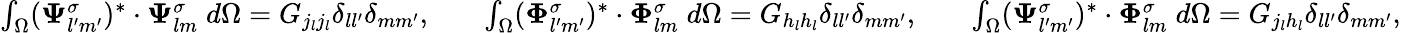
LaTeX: \begin{array}{rlrlr}{\int_{\Omega}({\boldsymbol{\Psi}_{l^{\prime}m^{\prime}}^{\sigma}})^{*}\cdot\boldsymbol{\Psi}_{lm}^{\sigma}\; d\Omega=G_{j_{l}j_{l}}\delta_{ll^{\prime}}\delta_{mm^{\prime}},}&{}&{\int_{\Omega}({\boldsymbol{\Phi}_{l^{\prime}m^{\prime}}^{\sigma}})^{*}\cdot{\boldsymbol{\Phi}_{lm}^{\sigma}}\; d\Omega=G_{h_{l}h_{l}}\delta_{ll^{\prime}}\delta_{mm^{\prime}},}&{}&{\int_{\Omega}({\boldsymbol{\Psi}_{l^{\prime}m^{\prime}}^{\sigma}})^{*}\cdot\boldsymbol{\Phi}_{lm}^{\sigma}\; d\Omega=G_{j_{l}h_{l}}\delta_{ll^{\prime}}\delta_{mm^{\prime}},}\end{array}